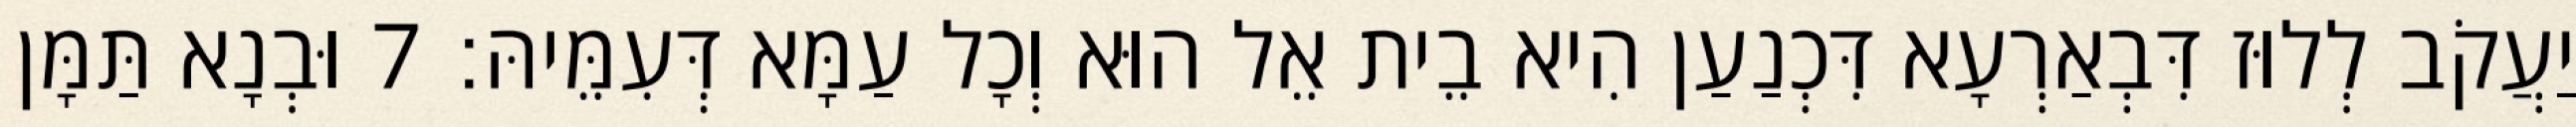
יַעֲקֹב לְלוּז דִּבְאַרְעָא דִּכְנַעַן הִיא בֵית אֵל הוּא וְכָל עַמָּא דְּעִמֵּיהּ׃ 7 וּבְנָא תַּמָּן